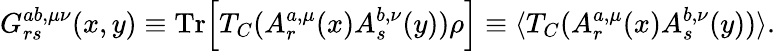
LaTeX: G_{rs}^{ab,\mu\nu}(x,y)\equiv\mathrm{Tr}\Bigl[T_{C}(A_{r}^{a,\mu}(x)A_{s}^{b,\nu}(y))\rho\Bigr]\equiv\langle T_{C}(A_{r}^{a,\mu}(x)A_{s}^{b,\nu}(y))\rangle.